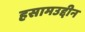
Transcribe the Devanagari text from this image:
हसामउद्दीन